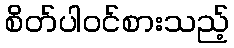
စိတ်ပါဝင်စားသည့်